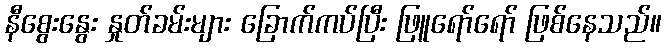
နီစွေးနွေး နှုတ်ခမ်းများ ခြောက်ကပ်ပြီး ဖြူရော်ရော် ဖြစ်နေသည်။